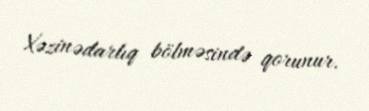
Xəzinədarlıq bölməsində qorunur.